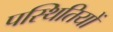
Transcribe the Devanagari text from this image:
पस्थितियों